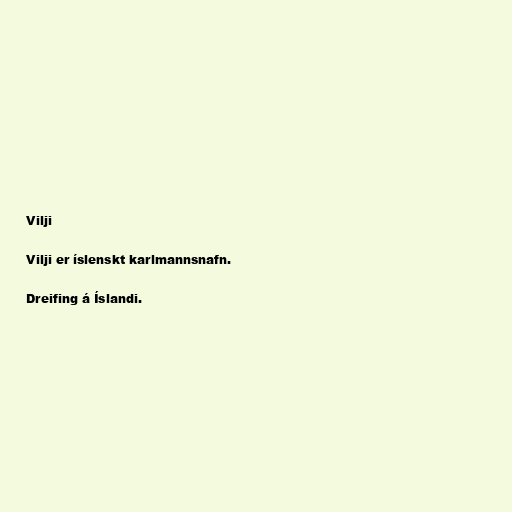
Vilji

Vilji er íslenskt karlmannsnafn.

Dreifing á Íslandi.